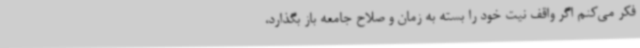
فکر می‌کنم اگر واقف نیت خود را بسته به زمان و صلاح جامعه باز بگذارد،